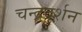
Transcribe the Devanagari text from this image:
चन्द्रदर्शन